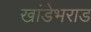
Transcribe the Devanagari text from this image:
खांडेभराड